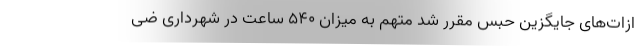
ازات‌های جایگزین حبس مقرر شد متهم به میزان ۵۴۰ ساعت در شهرداری ضی